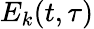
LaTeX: E_{k}(t,\tau)